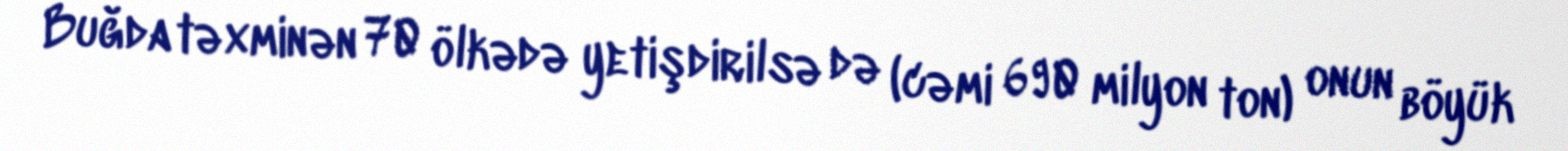
Buğda təxminən 70 ölkədə yetişdirilsə də (cəmi 690 milyon ton) onun böyük